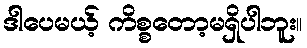
ဒါပေမယ့် ကိစ္စတော့မရှိပါဘူး။